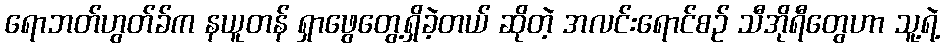
ရောဘတ်ဟွတ်ခ်က နယူတန် ရှာဖွေတွေ့ရှိခဲ့တယ် ဆိုတဲ့ အလင်းရောင်စဉ် သီအိုရီတွေဟာ သူ့ရဲ့